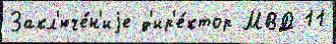
Закл'юче́н'иjе д'ир'е́ктор МВД 11